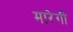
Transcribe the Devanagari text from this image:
मारेगी